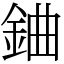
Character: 𨦈